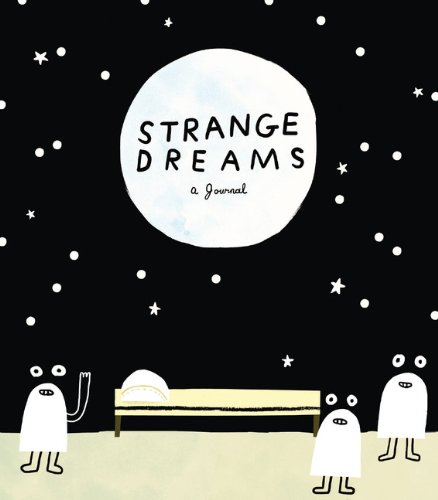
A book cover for Strange Dreams: A Journal; Self-Help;